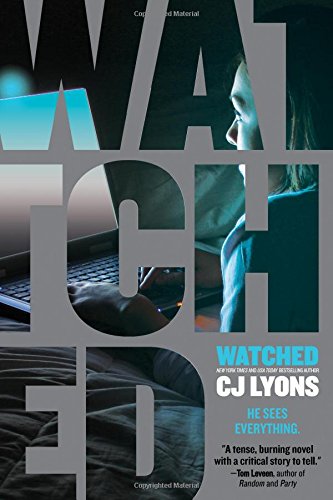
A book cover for Watched; CJ Lyons; Teen & Young Adult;